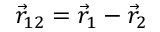
{ \vec { r } _ { 1 2 } = \vec { r } _ { 1 } - \vec { r } _ { 2 } }